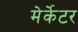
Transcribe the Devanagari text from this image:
मेर्केटर